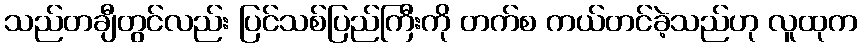
သည်တချီတွင်လည်း ပြင်သစ်ပြည်ကြီးကို တက်စ ကယ်တင်ခဲ့သည်ဟု လူထုက